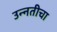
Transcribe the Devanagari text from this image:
उन्नतीचा